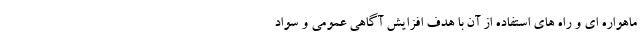
ماهواره ای و راه های استفاده از آن با هدف افزایش آگاهی عمومی و سواد